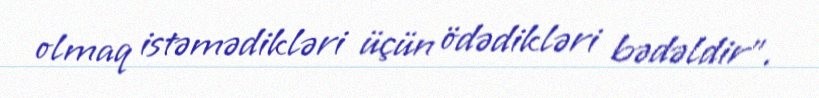
olmaq istəmədikləri üçün ödədikləri bədəldir”.